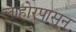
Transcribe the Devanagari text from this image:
लाहोरपासून